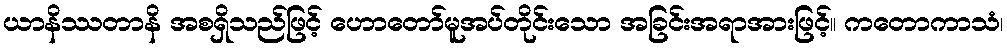
ယာနိဿတာနိ အစရှိသည်ဖြင့် ဟောတော်မူအပ်တိုင်းသော အခြင်းအရာအားဖြင့်။ ကတောကာသံ၊